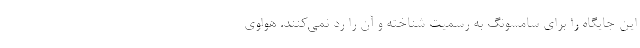
این جایگاه را برای سامسونگ به رسمیت شناخته و آن را رد نمی‌کنند. هواوی